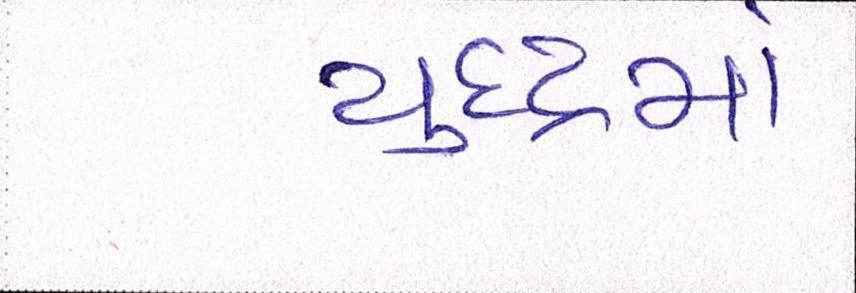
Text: યુદ્ધમાં